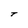
Character: T